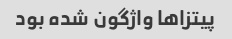
پیتزاها واژگون شده بود